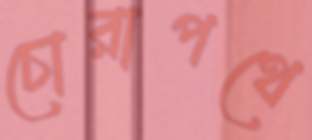
চোরাপথে